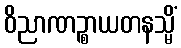
ဝိညာဏဉ္စာယတနသ္မိံ